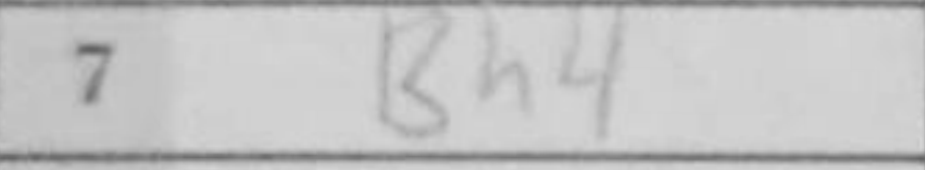
Transcription: Bh4